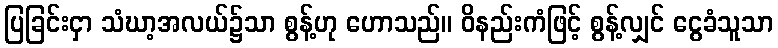
ပြခြင်းငှာ သံဃာ့အလယ်၌သာ စွန့်ဟု ဟောသည်။ ဝိနည်းကံဖြင့် စွန့်လျှင် ငွေခံသူသာ